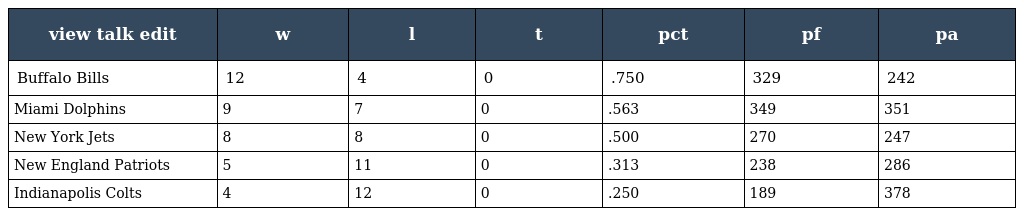
| view talk edit | w | l | t | pct | pf | pa |
 | --- | --- | --- | --- | --- | --- | --- |
 | Buffalo Bills | 12 | 4 | 0 | .750 | 329 | 242 |
 | Miami Dolphins | 9 | 7 | 0 | .563 | 349 | 351 |
 | New York Jets | 8 | 8 | 0 | .500 | 270 | 247 |
 | New England Patriots | 5 | 11 | 0 | .313 | 238 | 286 |
 | Indianapolis Colts | 4 | 12 | 0 | .250 | 189 | 378 |